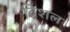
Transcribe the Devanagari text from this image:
विशल